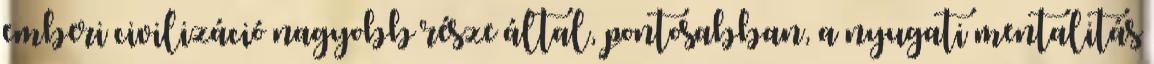
emberi civilizáció nagyobb része által, pontosabban, a nyugati mentalitás